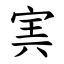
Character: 㝙